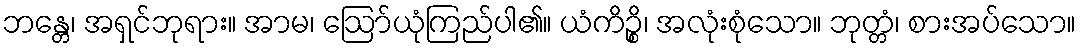
ဘန္တေ၊ အရှင်ဘုရား။ အာမ၊ ဩော်ယုံကြည်ပါ၏။ ယံကိဉ္စိ၊ အလုံးစုံသော။ ဘုတ္တံ၊ စားအပ်သော။